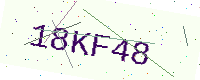
Text: 18KF48